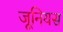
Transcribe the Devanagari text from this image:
जूनियस